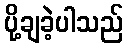
ပို့ချခဲ့ပါသည်